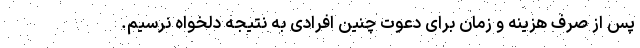
پس از صرف هزینه و زمان برای دعوت چنین افرادی به نتیجه دلخواه نرسیم.